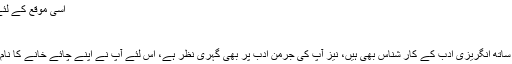
اسی موقع کے لئے جنابِ داغ دهلوى فرما گئے:
داغ آنکھیں نکالے ہیں وه
ان کو دے دو نکال کر آنکھیں
آپ ماہرِ قانوُن ہونے کے ساتھ ساتھ انگریزی ادب کے کار شناس بھی ہیں، نیز آپ کی جرمن ادب پر بهى گہری نظر ہے، اس لئے آپ نے اپنے چائے خانے کا نام ”رانے دی ہائم” رکھا ھوا ہے۔